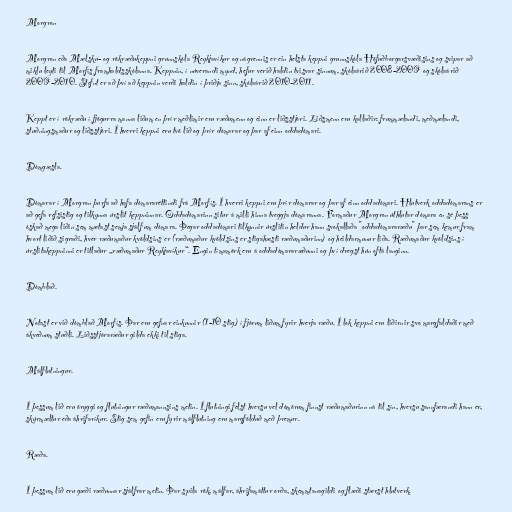
Morgron

Morgron eða Mælsku- og rökræðukeppni grunnskóla Reykjavíkur og nágrennis er ein helsta keppni grunnskóla Höfuðborgarsvæðisins og svipar að
miklu leyti til Morfís framhaldsskólanna. Keppnin, í núverandi mynd, hefur verið haldin tvisvar sinnum, skólaárið 2008-2009 og skólaárið
2009-2010. Stefnt er að því að keppnin verði haldin í þriðja sinn, skólaárið 2010-2011.

Keppt er í rökræðu í fjögurra manna liðum en þrír meðlimir eru ræðumenn og einn er liðsstjóri. Liðsmenn eru kallaðir: frummælandi, meðmælandi,
stuðningsmaður og liðsstjóri. Í hverri keppni eru tvö lið og þrír dómarar og þar af einn oddadómari.

Dómgæsla.

Dómarar í Morgron þurfa að hafa dómararéttindi frá Morfís. Í hverri keppni eru þrír dómarar og þar af einn oddadómari. Hlutverk oddadómarans er
að gefa refsistig og tilkynna úrslit keppninnar. Oddadómarinn situr á milli hinna tveggja dómaranna. Formaður Morgron úthlutar dómara en sé þess
óskað mega liðin sem mætast semja sjálf um dómara. Þegar oddadómari tilkynnir úrslitin heldur hann svokallaða "oddadómararæðu" þar sem kemur fram
hvort liðið sigraði, hver ræðumaður kvöldsins er (ræðumaður kvöldsins er stigahæsti ræðumaðurinn) og heildarmunur liða. Ræðumaður kvöldsins í
úrslitakeppninni er titlaður „ræðumaður Reykjavíkur“. Engin tímamörk eru á oddadómararæðunni og því dregst hún oftá langinn.

Dómblað.

Notast er við dómblað Morfís. Þar eru gefnar einkunnir (1-10 stig) í fjórum liðum fyrir hverja ræðu. Í lok keppni eru liðirnir svo margfaldaðir með
ákveðnum stuðli. Liðsstjóraræður gilda ekki til stiga.

Málflutningur.

Í þessum lið eru öryggi og flutningur ræðumannsins metin. Í flutningi felst hversu vel dómörum finnst ræðumaðurinn ná til sín, hversu sannfærandi hann er,
skýrmæltur eða áhrifaríkur. Stig sem gefin eru fyrir málflutning eru margfölduð með þremur.

Ræða.

Í þessum lið eru gæði ræðunnar sjálfrar metin. Þar spila rök, málfar, áhrifamáttur orða, skemmtanagildi og flæði stærst hlutverk.